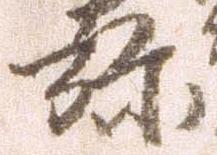
弥